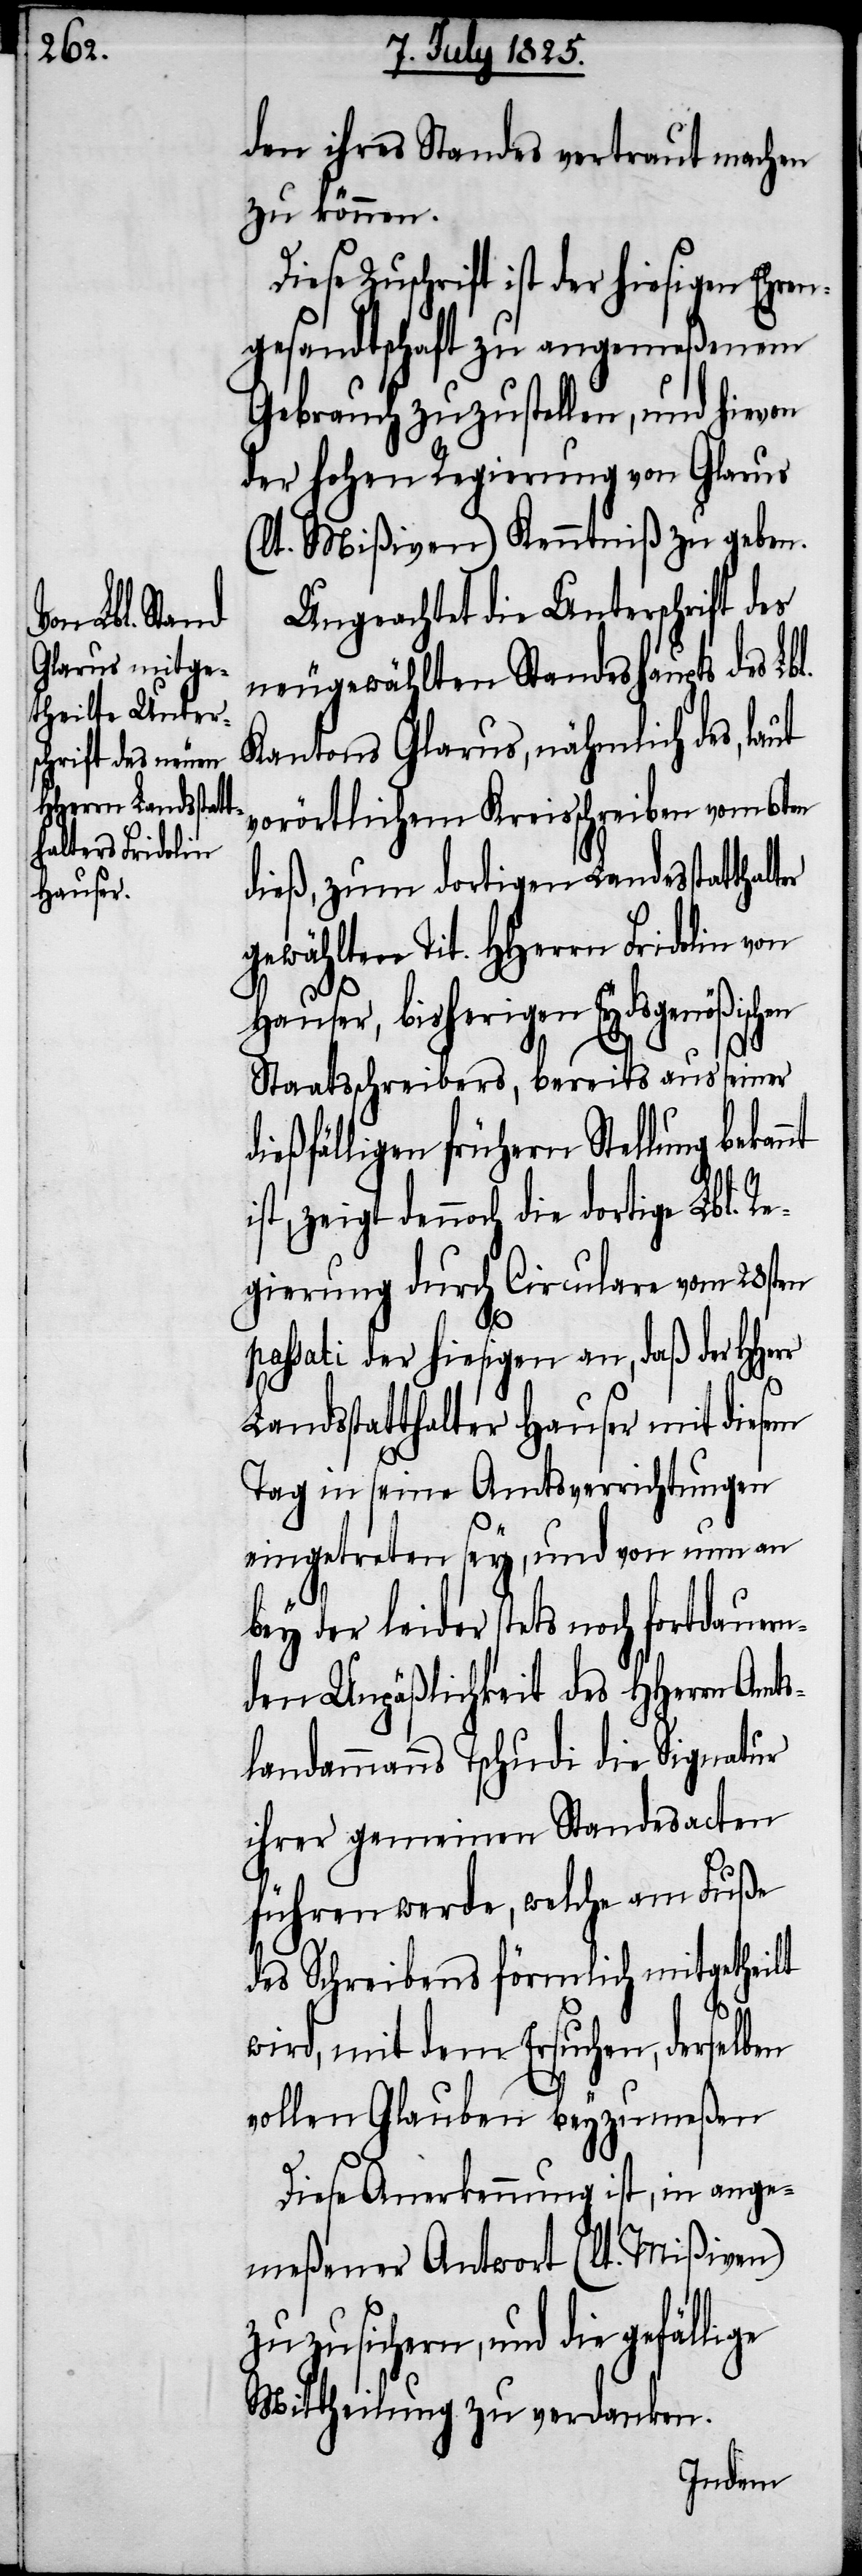
Herr Land¬

den ihres Standes vertraut machen
zu können.
Diese Zuschrift ist der hiesigen Ehren¬
gesandtschaft zu angemeßenem
Gebrauch zuzustellen, und hievon
der hohen Regierung von Glarus
(lt. Mißiven) Kenntniß zu geben.
Ungeachtet die Unterschrift des
neugewählten Standeshaupts des Lbl.
Kantons Glarus, nähmlich des, laut
vorörtlichem Kreisschreiben vom 6ten
dieß, zum dortigen Landesstatthalt¬
gewählten Tit. HHerrn Fridolin von
nt
Hauser, bisherigen Eydsgenößisch¬
Staatsschreibers, bereits aus seiner
dießfälligen frühern Stellung bekan¬
zeigt dennoch die dortige Lbl. R¬
egierung durch Circulare vom 28sten
passati der hiesigen an, daß der H¬
esstatthalter Hauser mit diesem
Tag in seine Amtsverrichtungen
eingetreten sey, und von nun an
bey der leider stets noch fortdauer¬
nden Unpäßlichkeit des HHerrn Amts¬
landammanns Tschudi die Signatur
ihrer gemeinen Standesacten
führen werde, welche am Fuße
des Schreibens förmlich mitgetheilt
wird, mit dem Ersuchen, derselben
vollen Glauben beyzumeßen.
Diese Anerkennung ist, in ange¬
meßener Antwort (lt. Mißiven)
zuzusichern, und die gefällige
Mittheilung zu verdanken.